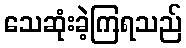
သေဆုံးခဲ့ကြရသည်